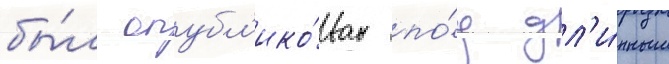
бы́л опубл'ико́ван по́д дл'и́нным